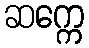
ဆက္ကေ